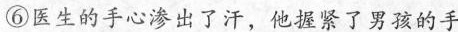
⑥医生的手心渗出了汗，他握紧了男孩的手